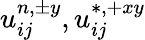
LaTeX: u_{ij}^{n,\pm y},u_{ij}^{\ast,+xy}